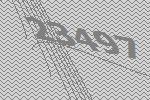
23497